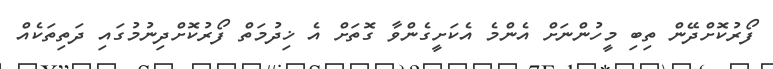
ފޯރުކޮށްދޭން ތިބި މީހުންނަށް އެންމެ އެކަށީގެންވާ ގޮތަށް އެ ޚިދުމަތް ފޯރުކޮށްދިނުމުގައި ދަތިތަކެއް